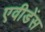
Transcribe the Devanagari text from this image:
एवीडेंस